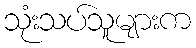
သုံးသပ်သူများက